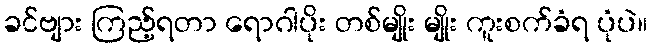
ခင်ဗျား ကြည့်ရတာ ရောဂါပိုး တစ်မျိုး မျိုး ကူးစက်ခံရ ပုံပဲ။